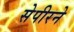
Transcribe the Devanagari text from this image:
सेपीरने